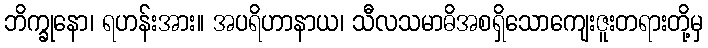
ဘိက္ခုနော၊ ရဟန်းအား။ အပရိဟာနာယ၊ သီလသမာဓိအစရှိသောကျေးဇူးတရားတို့မှ